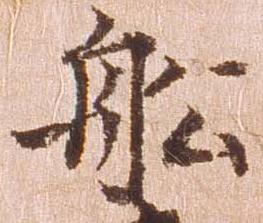
船